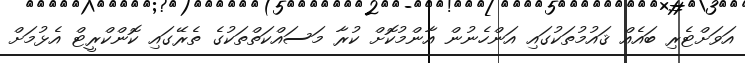
އަވަށްޓެރި ބައެއް ޤައުމުތަކުގައި އަންހެނުން އާންމުކޮށް ކުރާ މަސައްކަތްތަކުގެ ތެރޭގައި ކޮންކްރީޓް އެޅުމަށް